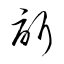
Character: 訢